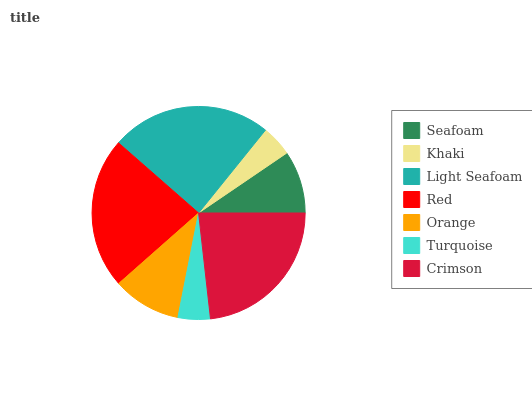
| Seafoam | Khaki | Light Seafoam | Red | Orange | Turquoise | Crimson |
 | --- | --- | --- | --- | --- | --- | --- |
 | 9.5% | 4.7% | 24.4% | 22.9% | 10.4% | 4.89% | 23.2% |